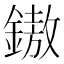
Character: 𨫼